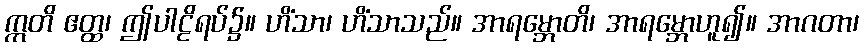
ဣတိ ဧတ္ထ၊ ဤပါဠိရပ်၌။ ဟိံသာ၊ ဟိံသာသည်။ အာရမ္ဘောတိ၊ အာရမ္ဘောဟူ၍။ အာဂတာ၊